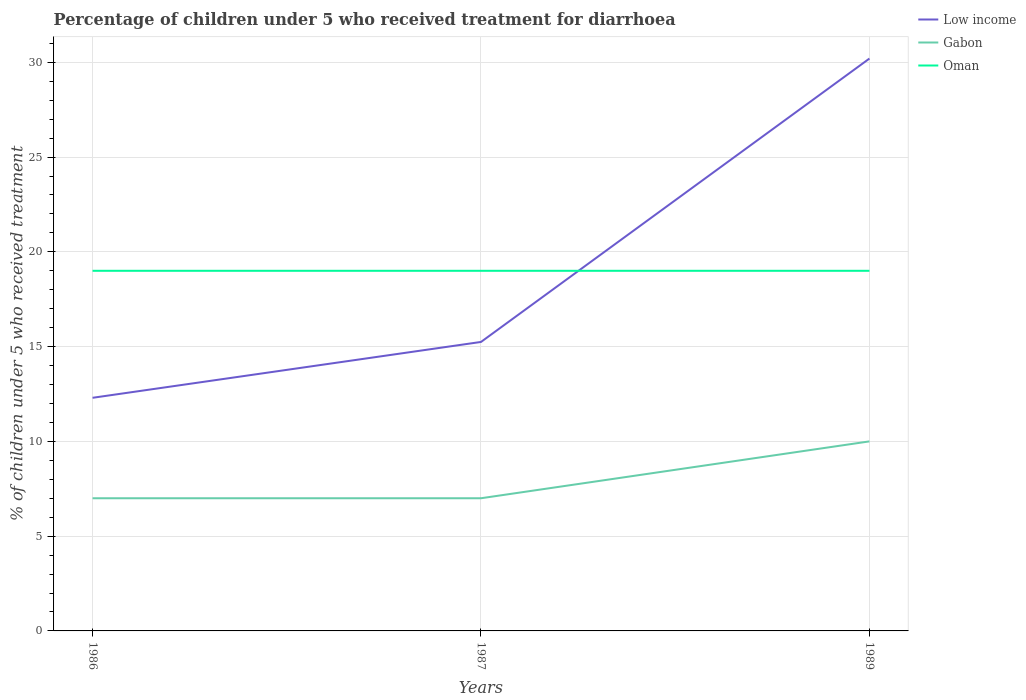
| Years | Low income | Gabon | Oman |
 | --- | --- | --- | --- |
 | 1986 | 12.3 | 7 | 19 |
 | 1987 | 15.2 | 7 | 19 |
 | 1989 | 30.2 | 10 | 19 |